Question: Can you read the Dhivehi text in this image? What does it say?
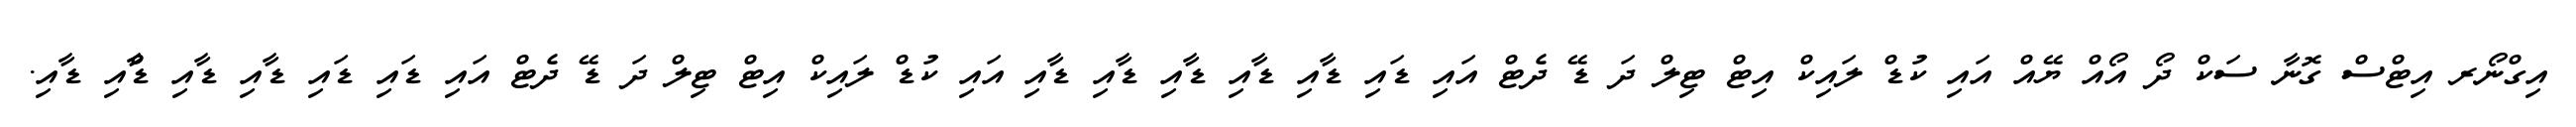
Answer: އިގްނޯރ އިޓްސް ގޮނާ ސަކް ދޯ އޯއް ޔޭއް އައި ކުޑް ލައިކް އިޓް ޓިލް ދަ ޑޭ ދެޓް އައި ޑައި ޑާއި ޑާއި ޑާއި ޑާއި ޑާއި އައި ކުޑް ލައިކް އިޓް ޓިލް ދަ ޑޭ ދެޓް އައި ޑައި ޑައި ޑާއި ޑާއި ޑާްއި ޑާއި.